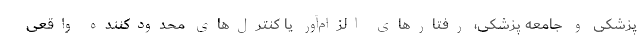
پزشکی و جامعه پزشکی، رفتارهای الزام‌آور یا کنترل‌های محدودکننده واقعی